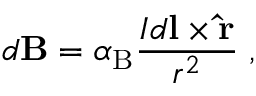
d \mathbf { B } = \alpha _ { \mathrm { { B } } } { \frac { I d \mathbf { l } \times \mathbf { \hat { r } } } { r ^ { 2 } } } \; ,